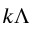
k \Lambda